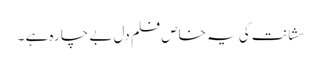
سشانت کی یہ خاص فلم دل بے چارہ ہے ۔